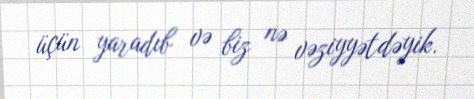
üçün yaradıb və biz nə vəziyyətdəyik.